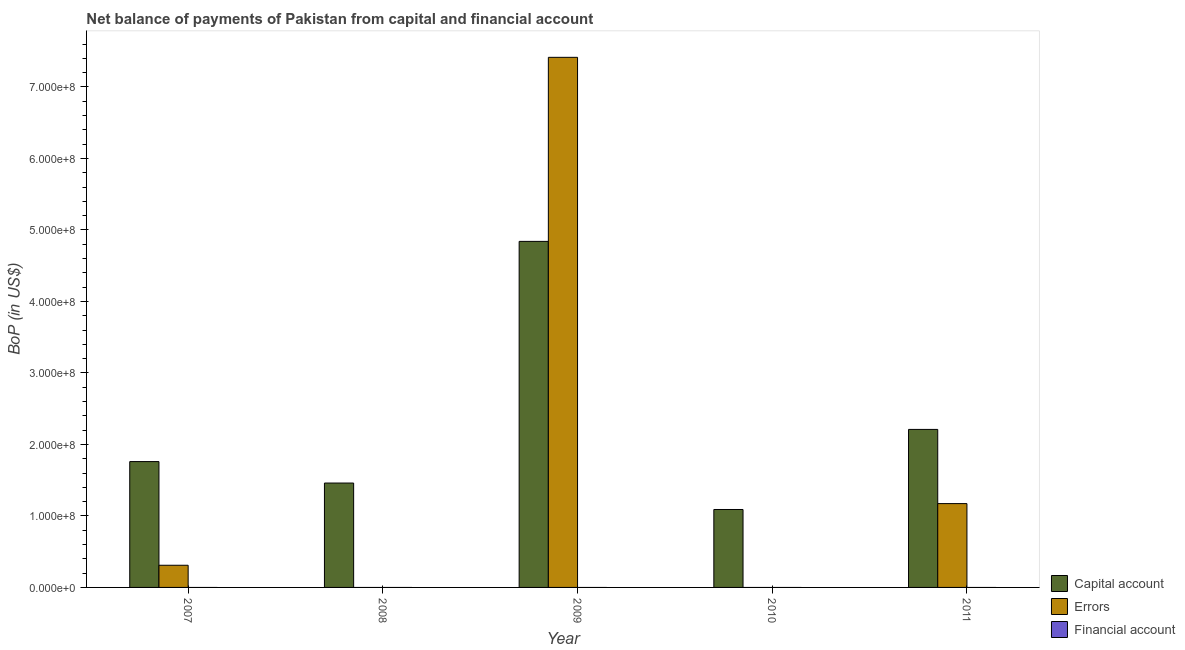
| Year | Capital account | Errors | Financial account |
 | --- | --- | --- | --- |
 | 2007 | 1.76e+08 | 3.1e+07 | -8.09e+09 |
 | 2008 | 1.46e+08 | -5.13e+07 | -1.56e+10 |
 | 2009 | 4.84e+08 | 7.41e+08 | -2.77e+09 |
 | 2010 | 1.09e+08 | -7.29e+08 | -1.97e+09 |
 | 2011 | 2.21e+08 | 1.17e+08 | -1.9e+09 |